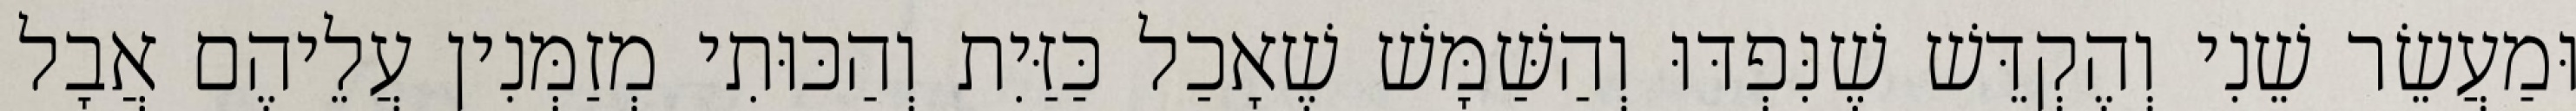
וּמַעֲשֵׂר שֵׁנִי וְהֶקְדֵּשׁ שֶׁנִּפְדּוּ וְהַשַּׁמָּשׁ שֶׁאָכַל כַּזַּיִת וְהַכּוּתִי מְזַמְּנִין עֲלֵיהֶם אֲבָל